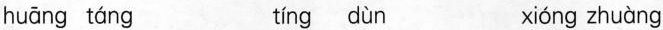
huāng táng tíng dùn xióng zhuàng